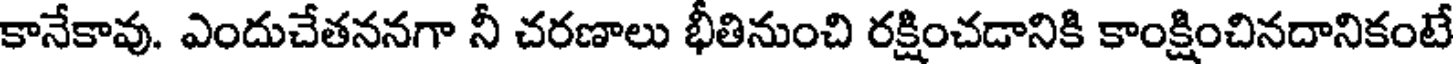
కానేకావు. ఎందుచేతననగా నీ చరణాలు భీతినుంచి రక్షించడానికి కాంక్షించినదానికంటే